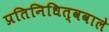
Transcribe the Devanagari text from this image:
प्रतिनिधित्ववाले